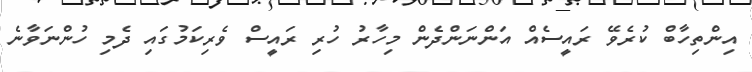
އިންތިހާބް ކުރެވޭ ރައީސެއް އަންނަންދެން މިހާރު ހުރި ރައީސް ވެރިކަމުގައި ދެމި ހުންނަވާނެ